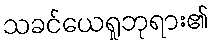
သခင်ယေရှုဘုရား၏